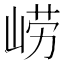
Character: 崂